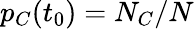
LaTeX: p_{C}(t_{0})=N_{C}/N